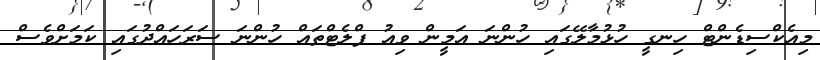
މިއެކްސިޑެންޓް ހިނގީ ހުޅުމާލޭގައި ހުންނަ އަމީން ވިއު ފްލެޓްތައް ހުންނަ ސަރަހައްދުގައި ކަަމަށްވެސް